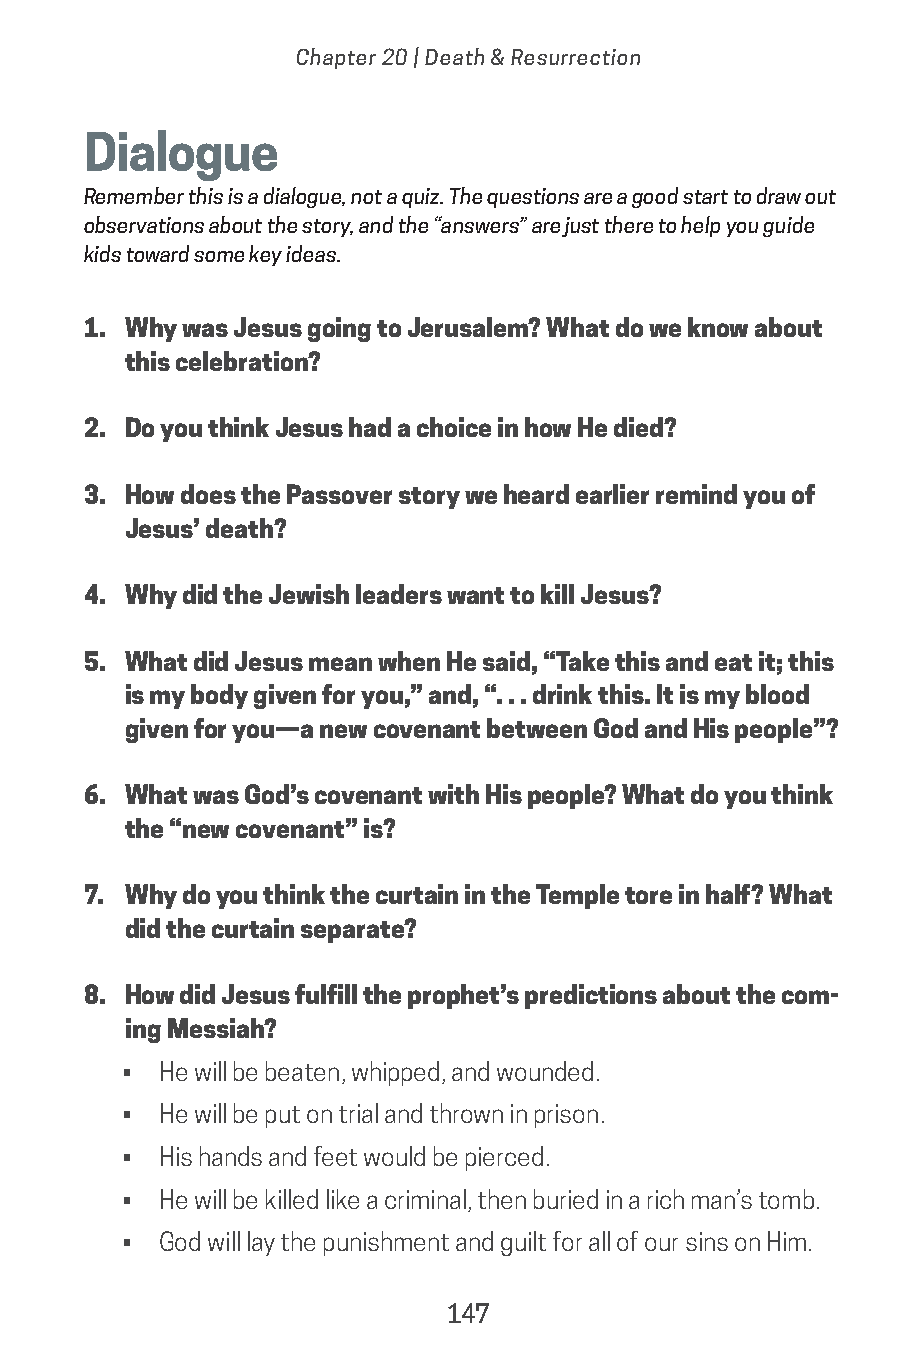
Chapter 20 | Death & Resurrection
 Dialogue
 Remember this is a dialogue, not a quiz. The questions are a good start to draw out
 observations about the story, and the “answers” are just there to help you guide
 kids toward some key ideas.
 1. Why was Jesus going to Jerusalem? What do we know about
 this celebration?
 2. Do you think Jesus had a choice in how He died?
 3. How does the Passover story we heard earlier remind you of
 Jesus’ death?
 4. Why did the Jewish leaders want to kill Jesus?
 5. What did Jesus mean when He said, “Take this and eat it; this
 is my body given for you,” and, “. . . drink this. It is my blood
 given for you—a new covenant between God and His people”?
 6. What was God’s covenant with His people? What do you think
 the “new covenant” is?
 7. Why do you think the curtain in the Temple tore in half? What
 did the curtain separate?
 8. How did Jesus fulfill the prophet’s predictions about the com-
 ing Messiah?
 • He will be beaten, whipped, and wounded.
 • He will be put on trial and thrown in prison.
 • His hands and feet would be pierced.
 • He will be killed like a criminal, then buried in a rich man’s tomb.
 • God will lay the punishment and guilt for all of our sins on Him.
 147
 saturate-story_of_god_kids-2.indd 147             8/10/17 10:11 PM